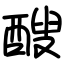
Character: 醙